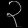
Digit: ၃